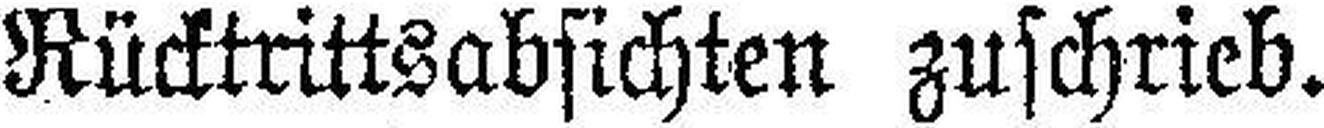
Rücktrittsabsichten zuschrieb.